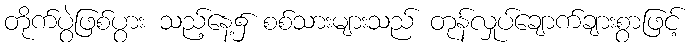
တိုက်ပွဲဖြစ်ပွား သည့်နေ့၌ စစ်သားများသည် တုန်လှုပ်ချောက်ချားစွာဖြင့်